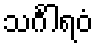
သင်္ဂါရဝံ